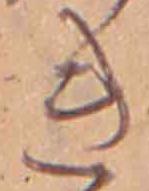
き